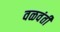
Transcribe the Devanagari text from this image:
वळवंती